Reports on dispensaries and lunatic asylums in the Province of Oudh - 1869-1876
Year: 1869
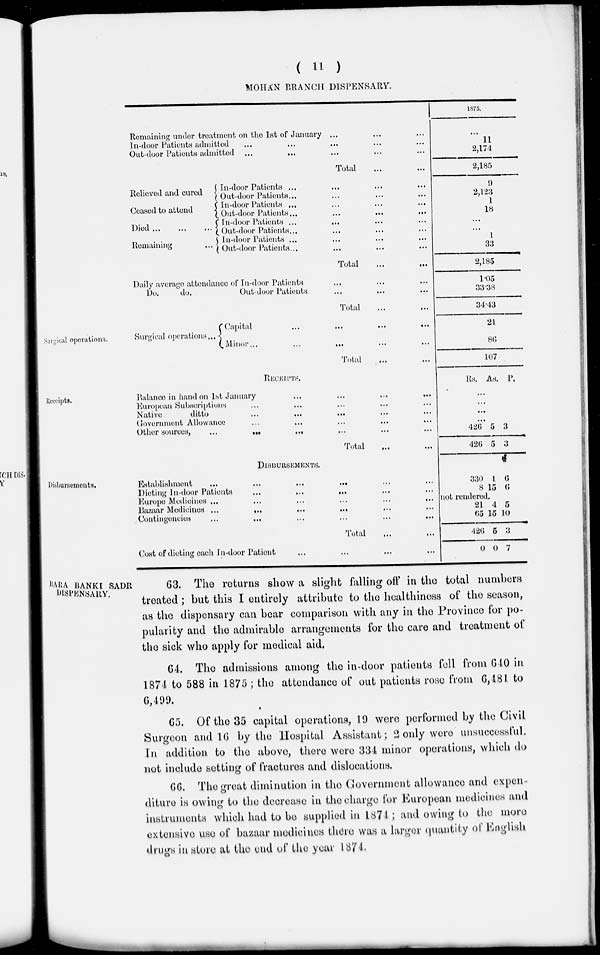
( 11 )
MOHAN BRANCH DISPENSARY.
Remaining under treatment on the 1st of January ... ... ...
In-door Patients admitted ... ... ... ... ...
Out-door Patients admitted ...
... ... ... ...
Total ... ...
Relieved and cured
Ceased to attend
Died
...
...
...
Remaining ...
In-door Patients ... ... ... ...
Out-door Patients... ... ... ...
In-door Patients
...
...
...
...
Out-door Patients
...
...
...
...
In-door Patients ... ... ... ...
Out-door Patients ... ... ... ...
In-door Patients
...
...
...
...
Out-door Patients ... ... ... ...
Total ... ...
Daily average attendance of In-door Patients ... ... ...
Do.
do.
Out-door Patients ... ... ...
Total ... ...
1875.
...
11
2,174
2,185
9
2,123
1
18
...
...
1
33
2,185
1.05
33.38
34.43
Surgical operations.
Surgical
operations.
Capital ... ... ... ... ...
Minor...
...
...
Total ... ...
21
86
107
Receipts.
RECEIPTS.
Balance in hand on 1st January
...
...
...
...
European Subscriptions ... ... ... ...
Native
ditto ... ... ... ... ...
Government Allowance ... ... ... ...
Other
sources,
...
...
...
...
Total ... ...
Rs. As. P.
...
...
...
...
426
426
5
5
3
3
Disbursements.
DISBURSEMENTS.
Establishment
...
...
...
...
...
...
Dieting In-door Patients
...
...
...
...
...
Europe Medicines
...
...
...
...
...
...
Bazaar Medicines
...
...
...
...
...
...
Contingencies
...
...
...
...
...
...
Total ... ...
Cost of dieting each In-door Patient ... ... ... ...
330
8
1
15
6
6
not rendered.
21
65
426
0
4
15
5
0
5
10
3
7
BARA BANKI SADR
DISPENSARY.
63. The returns show a slight falling off in the total numbers
treated ; but this I entirely attribute to the healthiness of the season,
as the dispensary can bear comparison with any in the Province for po-
pularity and the admirable arrangements for the care and treatment of
the sick who apply for medical aid.
64. The admissions among the in-door patients fell from 640 in
1874 to 588 in 1875 ; the attendance of out patients rose from 6,484 to
6,499.
65. Of the 35 capital operations, 19 were performed by the Civil
Surgeon and 16 by the Hospital Assistant; 2 only were unsuccessful.
In addition, to the above, there were 334 minor operations, which do
not include setting of fractures and dislocations.
66. The great diminution in the Government allowance and expen-
diture is owing to the decrease in the charge for European medicines and
instruments which had to be supplied in 1874; and owing to the more
extensive use of bazaar medicines there was a larger quantity of English
drugs in store at the end of the year 1874.